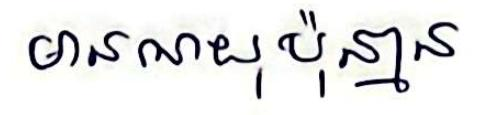
មានណយុប៉ុន្មាន